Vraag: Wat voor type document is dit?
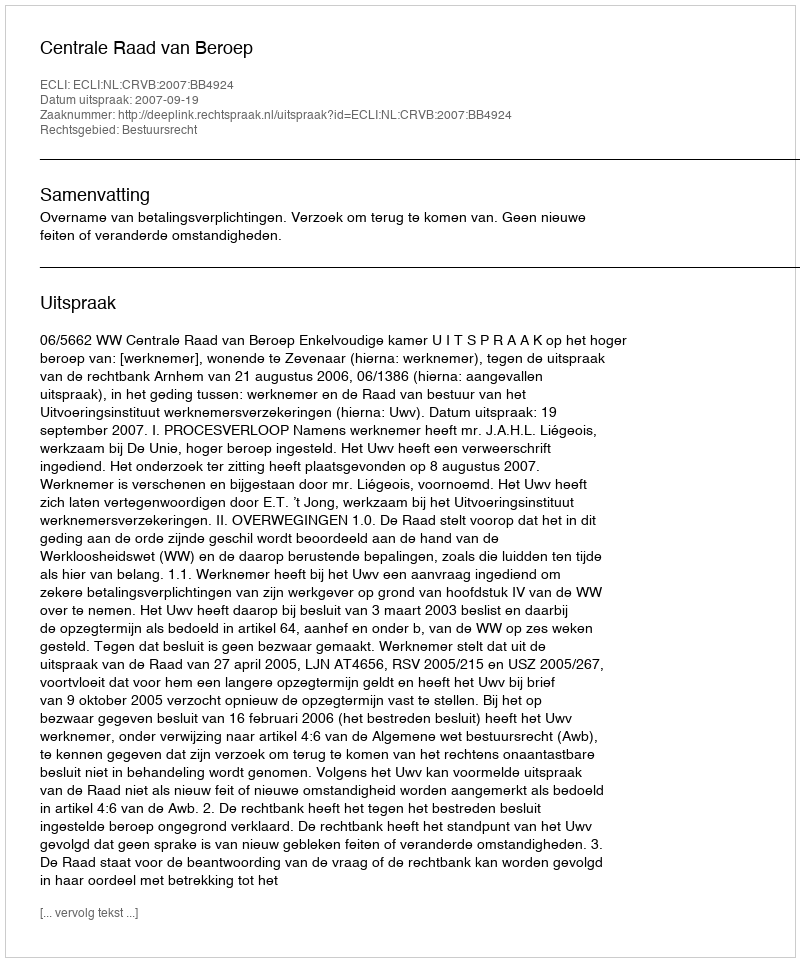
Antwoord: Uitspraak